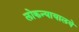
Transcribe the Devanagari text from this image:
लोकन्यायालये